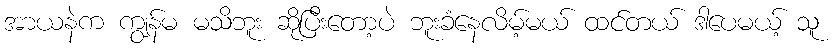
အာယနဲက ကျွန်မ မသိဘူး ဆိုပြီးတော့ပဲ ဘူးခံနေလိမ့်မယ် ထင်တယ် ဒါပေမယ့် သူ